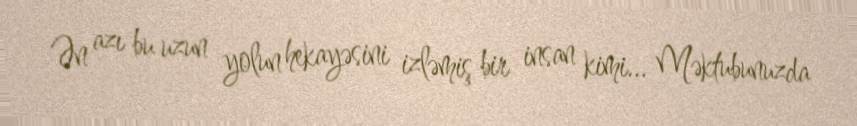
Ən azı bu uzun yolun hekayəsini izləmiş bir insan kimi... Məktubunuzda